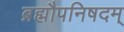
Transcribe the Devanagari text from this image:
ब्रह्मौपनिषदम्